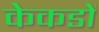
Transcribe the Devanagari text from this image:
केकडों